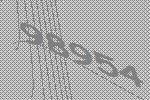
98954